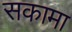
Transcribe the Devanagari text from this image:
सकामा